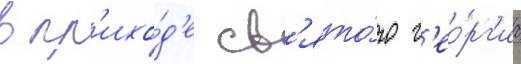
в пр'ихо́д'е св'ято́го г'ео́рг'иа